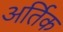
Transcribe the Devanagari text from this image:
अर्तिक